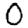
Digit: 0